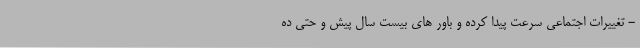
- تغییرات اجتماعی سرعت پیدا کرده و باور های بیست سال پیش و حتی ده